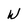
Character: W